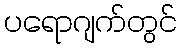
ပရောဂျက်တွင်